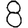
Digit: 8